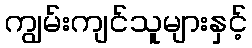
ကျွမ်းကျင်သူများနှင့်